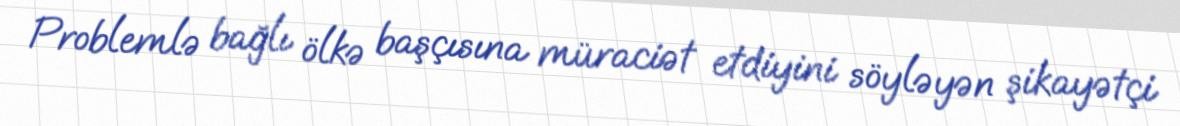
Problemlə bağlı ölkə başçısına müraciət etdiyini söyləyən şikayətçi